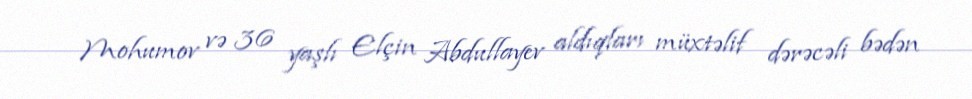
Mohumov və 36 yaşlı Elçin Abdullayev aldıqları müxtəlif dərəcəli bədən